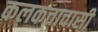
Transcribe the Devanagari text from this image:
कलकत्तावासी